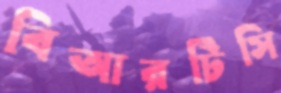
বিআরটিসি